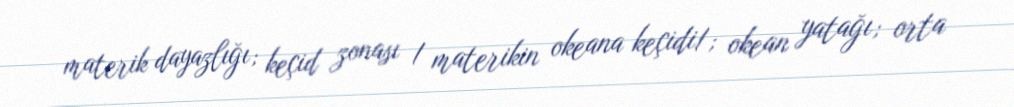
materik dayazlığı; keçid zonası / materikin okeana keçidi/; okean yatağı; orta